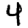
Digit: 4